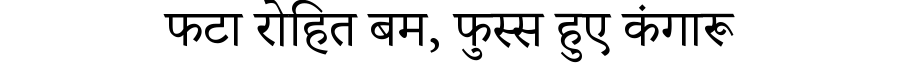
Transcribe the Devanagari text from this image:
फटा रोहित बम, फुस्स हुए कंगारू